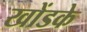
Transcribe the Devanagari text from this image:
खोंडके